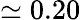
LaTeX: \simeq 0.20